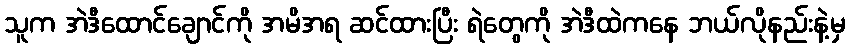
သူက အဲဒီထောင်ချောင်ကို အမိအရ ဆင်ထားပြီး ရဲတွေကို အဲဒီထဲကနေ ဘယ်လိုနည်းနဲ့မှ